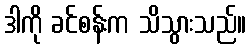
ဒါကို ခင်စန်းက သိသွားသည်။